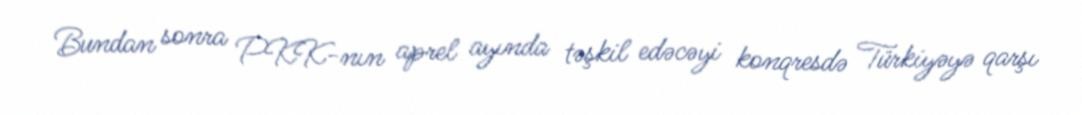
Bundan sonra PKK-nın aprel ayında təşkil edəcəyi konqresdə Türkiyəyə qarşı